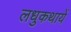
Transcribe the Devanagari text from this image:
लधुकथायें